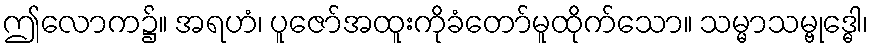
ဤလောက၌။ အရဟံ၊ ပူဇော်အထူးကိုခံတော်မူထိုက်သော။ သမ္မာသမ္ဗုဒ္ဓေါ၊